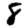
Digit: 8